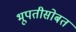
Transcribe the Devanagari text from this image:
भूपतीसोबत